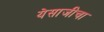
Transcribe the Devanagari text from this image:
येसाजीचा